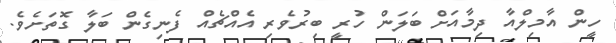
ހީން އާމިލްއާ ދިމާއަށް ބަލަން ހުރީ ބިރުވެރި އެއްޗެއް ފެނިގެން ބަލާ ގޮތަށެވެ.